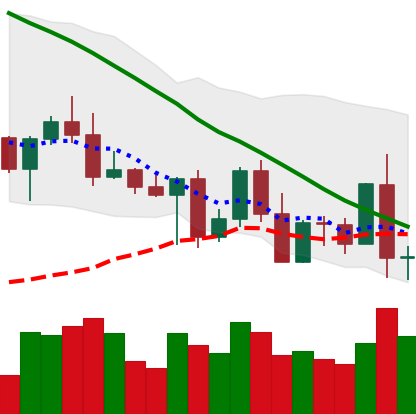
Ticker: BNB-USD
Chart end date: 2022-05-06
Forward return: -28.827%
Label: down_7plus